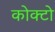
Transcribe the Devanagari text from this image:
कोक्टो